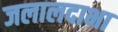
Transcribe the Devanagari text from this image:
जलालदाभा